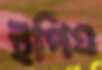
ইপিএ